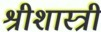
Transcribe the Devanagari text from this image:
श्रीशास्त्री